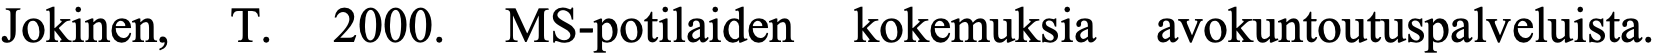
Jokinen, T. 2000. MS-potilaiden kokemuksia avokuntoutuspalveluista.